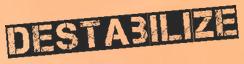
DESTABILIZE